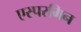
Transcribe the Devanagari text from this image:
एस्परगिन